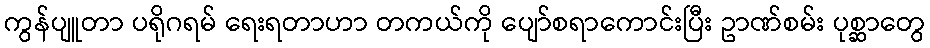
ကွန်ပျူတာ ပရိုဂရမ် ရေးရတာဟာ တကယ်ကို ပျော်စရာကောင်းပြီး ဥာဏ်စမ်း ပုစ္ဆာတွေ